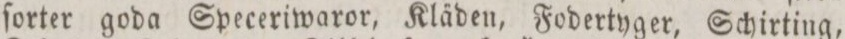
ſorter goda Speceriwaror, Kläden, Fodertyger, Schirting,